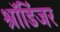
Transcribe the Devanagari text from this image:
श्रॉडिंजर